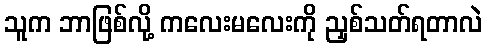
သူက ဘာဖြစ်လို့ ကလေးမလေးကို ညှစ်သတ်ရတာလဲ